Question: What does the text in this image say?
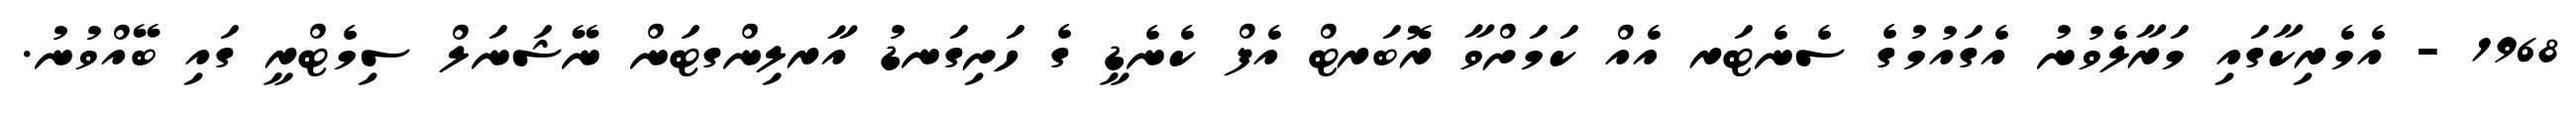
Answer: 1968 - އެމެރިކާގައި މަރާލެވުނު އެގައުމުގެ ސެނެޓަރ އެއް ކަމަށްވާ ރޮބަރޓް އެފް ކެނެޑީ ގެ ހަށިގަނޑު އާރލިންގޓަން ނޭޝަނަލް ސިމެޓްރީ ގައި ބޭއްވުނު.